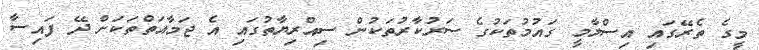
މީގެ ތެރޭގައި އިސްލާމީ ގައުމުތަކުގެ ސަރުކާރުތަކުން ސިއްރިޔާތުގައި އެ ޖަމާއަތްތަކަށް ދޭ ފައިސާ